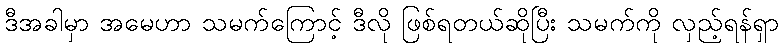
ဒီအခါမှာ အမေဟာ သမက်ကြောင့် ဒီလို ဖြစ်ရတယ်ဆိုပြီး သမက်ကို လှည့်ရန်ရှာ